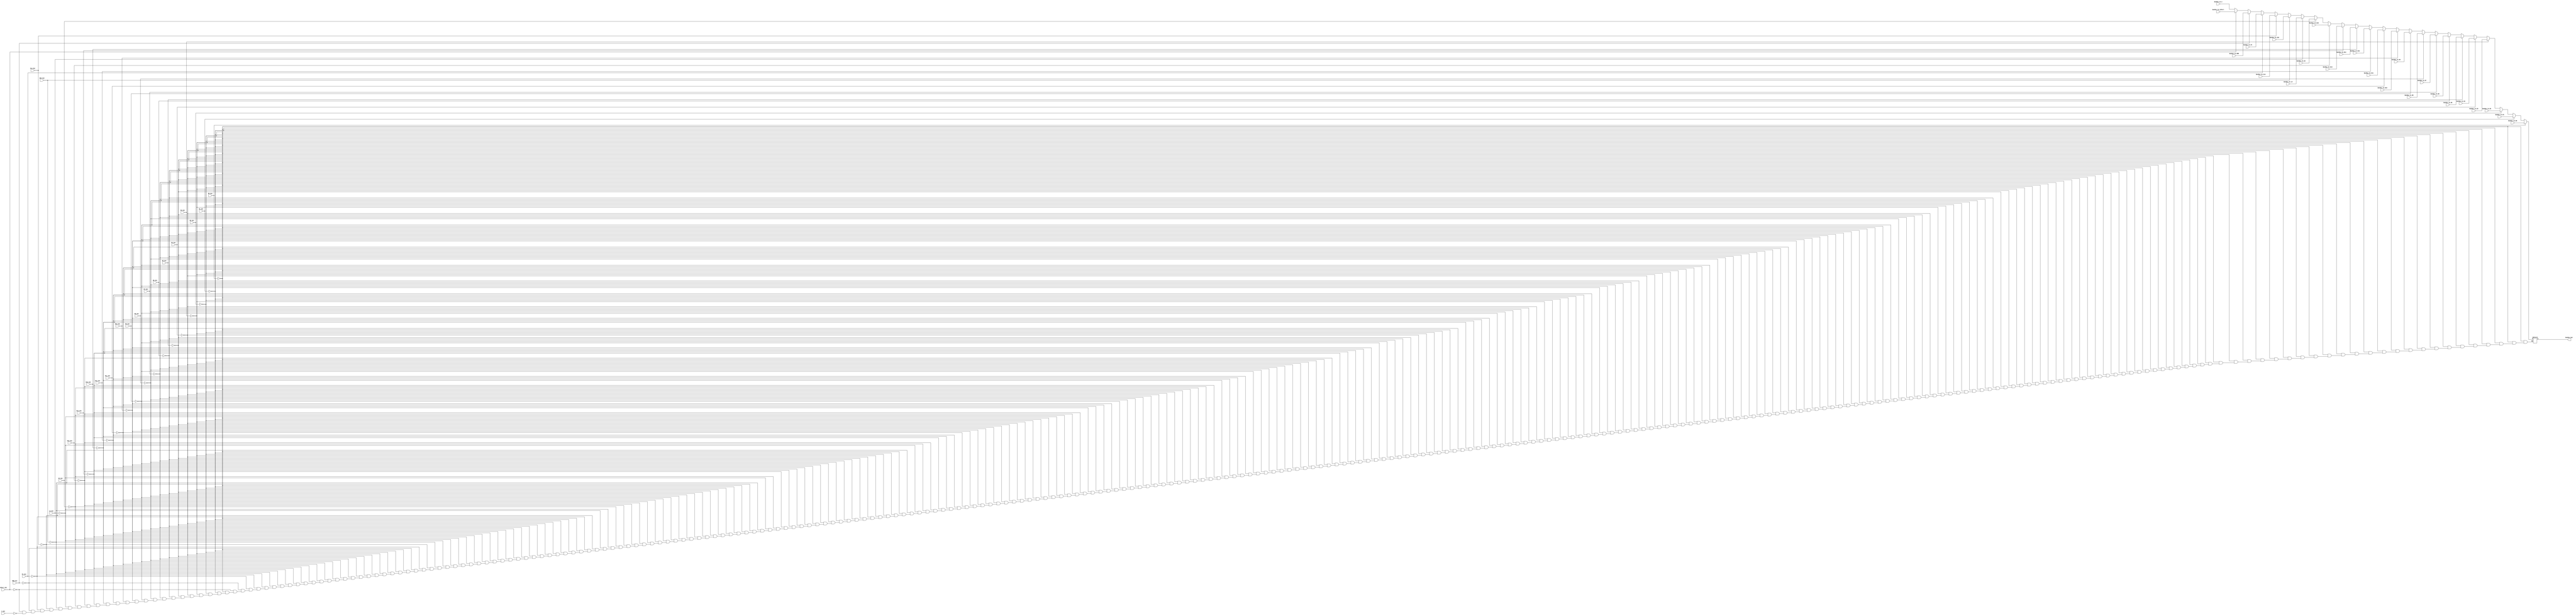
// 32-Bit Bus

module Bus (
   output reg [31:0] BusMux_Out, 
   input [31:0] BusMux_In_R0, BusMux_In_R1, BusMux_In_R2, BusMux_In_R3, BusMux_In_R4, BusMux_In_R5, BusMux_In_R6, BusMux_In_R7, BusMux_In_R8, BusMux_In_R9, BusMux_In_R10, BusMux_In_R11, BusMux_In_R12, BusMux_In_R13, BusMux_In_R14, BusMux_In_R15, BusMux_In_HI, BusMux_In_LO, BusMux_In_ZHI, BusMux_In_ZLO, BusMux_In_PC, BusMux_In_MDR, BusMux_In_InPort, BusMux_In_C,
   input R0_Out, R1_Out, R2_Out, R3_Out, R4_Out, R5_Out, R6_Out, R7_Out, R8_Out, R9_Out, R10_Out, R11_Out, R12_Out, R13_Out, R14_Out, R15_Out, HI_Out, LO_Out, ZHI_Out, ZLO_Out, PC_Out, MDR_Out, InPort_Out, C_Out
   );

	always @ (*) begin
		if (R0_Out)
			BusMux_Out = BusMux_In_R0;
		else if (R1_Out) 
			BusMux_Out = BusMux_In_R1;
		else if (R2_Out)
			BusMux_Out = BusMux_In_R2;
		else if (R3_Out)
			BusMux_Out = BusMux_In_R3;
		else if (R4_Out)
			BusMux_Out = BusMux_In_R4;
		else if (R5_Out)
			BusMux_Out = BusMux_In_R5;
		else if (R6_Out)
			BusMux_Out = BusMux_In_R6;    
		else if (R7_Out)
			BusMux_Out = BusMux_In_R7;  
		else if (R8_Out)
			BusMux_Out = BusMux_In_R8;  
		else if (R9_Out)
			BusMux_Out = BusMux_In_R9;
		else if (R10_Out)
			BusMux_Out = BusMux_In_R10;    
		else if (R11_Out)
			BusMux_Out = BusMux_In_R11;
		else if (R12_Out)
			BusMux_Out = BusMux_In_R12;
		else if (R13_Out)
			BusMux_Out = BusMux_In_R13;
		else if (R14_Out)
			BusMux_Out = BusMux_In_R14;
		else if (R15_Out)
			BusMux_Out = BusMux_In_R15;
		else if (HI_Out)
			BusMux_Out = BusMux_In_HI;
		else if (LO_Out)
			BusMux_Out = BusMux_In_LO;
		else if (ZHI_Out)
			BusMux_Out = BusMux_In_ZHI;
		else if (ZLO_Out)
			BusMux_Out = BusMux_In_ZLO;
		else if (PC_Out)
			BusMux_Out = BusMux_In_PC;
		else if (MDR_Out)
			BusMux_Out = BusMux_In_MDR;
		else if (InPort_Out)
			BusMux_Out = BusMux_In_InPort;
		else if (C_Out)
			BusMux_Out = BusMux_In_C;
	end
endmodule // Bus